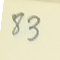
83